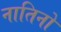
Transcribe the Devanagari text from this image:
नातिनो